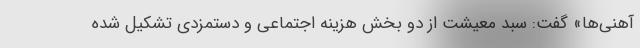
آهنی‌ها» گفت: سبد معیشت از دو بخش هزینه اجتماعی و دستمزدی تشکیل شده